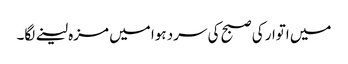
میں اتوار کی صبح کی سرد ہوا میں مزہ لینے لگا۔